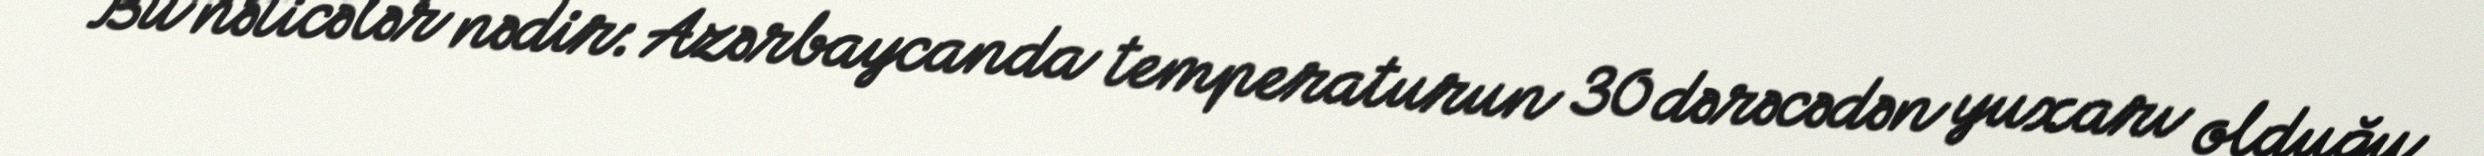
Bu nəticələr nədir: Azərbaycanda temperaturun 30 dərəcədən yuxarı olduğu